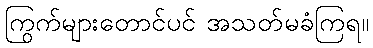
ကြွက်များတောင်ပင် အသတ်မခံကြရ။